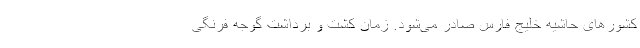
کشورهای حاشیه خلیج فارس صادر می‌شود. زمان کشت و برداشت گوجه فرنگی